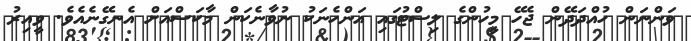
ވަންނަން ހުއްދަދޭން ޖެހޭ މީހުންގެ ލިސްޓުގައި އަންހެނަކު ނުވާނެކަން މާކަސްއަށް އެނގޭނެއެވެ. ވީއިރު